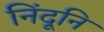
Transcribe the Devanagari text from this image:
निंदूनि